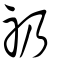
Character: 礽